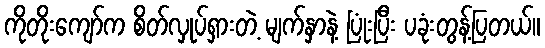
ကိုတိုးကျော်က စိတ်လှုပ်ရှားတဲ့ မျက်နှာနဲ့ ပြုံးပြီး ပခုံးတွန့်ပြတယ်။